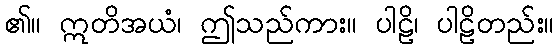
၏။ ဣတိအယံ၊ ဤသည်ကား။ ပါဠိ၊ ပါဠိတည်း။